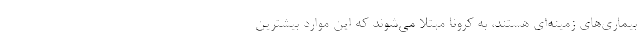
بیماری‌های زمینه‌ای هستند، به کرونا مبتلا می‌شوند که این موارد بیشترین